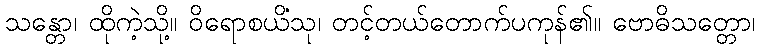
သန္တော၊ ထိုကဲ့သို့။ ဝိရောစယိံသု၊ တင့်တယ်တောက်ပကုန်၏။ ဗောဓိသတ္တော၊